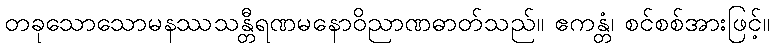
တခုသောသောမနဿသန္တီရဏမနောဝိညာဏဓာတ်သည်။ ဧကန္တံ၊ စင်စစ်အားဖြင့်။